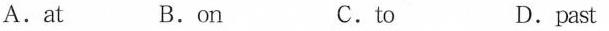
A.at B.on C.to D.past